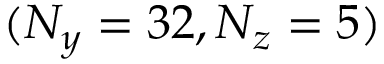
( N _ { y } = 3 2 , N _ { z } = 5 )